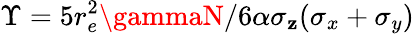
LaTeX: \Upsilon=5r_{e}^{2}\gammaN/6\alpha\sigma_{\mathbf{z}}(\sigma_{x}+\sigma_{y})